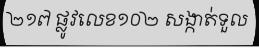
២១៧ ផ្លូវលេខ១០២ សង្កាត់ទួល